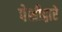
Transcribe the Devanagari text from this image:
पेशीद्वारे